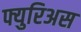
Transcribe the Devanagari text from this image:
फ्युरिअस